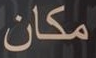
مكان